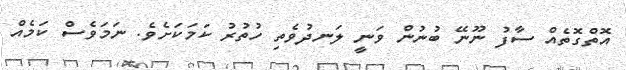
އޮތްގޮތެއް ސާފު ނޫނޭ ބުނުން ވަނީ ލަނދުވެތި ހުތުރު ކަމަކަށެވެ. ނަމަވެސް ކަމެއް